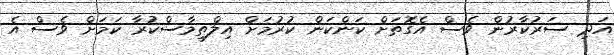
އަދި ސަރުކާރުން ވެސް އެގޮތަށް ކަންކަން ކުރުމަށް އިލްތިމާސްކުރާ ކަމަށް ވެސް އެ